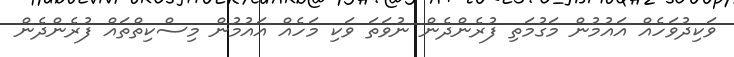
ވަކިދުވަހެއް އައުމުން މަގުމަތި ފުރެންދެން ނުވަތަ ވަކި މަހެއް އައުމުން މިސްކިތްތައް ފުރެންދެން